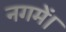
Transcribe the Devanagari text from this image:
नगमें।